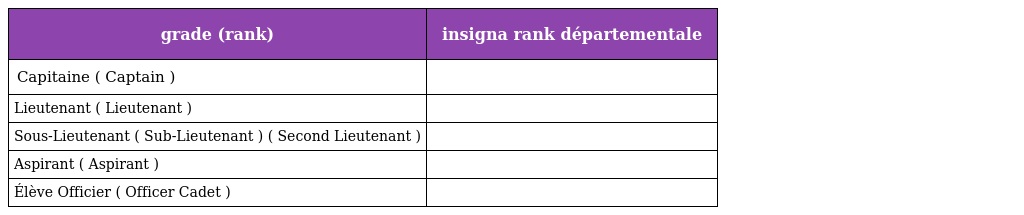
| grade (rank) | insigna rank départementale |
 | --- | --- |
 | Capitaine ( Captain ) |  |
 | Lieutenant ( Lieutenant ) |  |
 | Sous-Lieutenant ( Sub-Lieutenant ) ( Second Lieutenant ) |  |
 | Aspirant ( Aspirant ) |  |
 | Élève Officier ( Officer Cadet ) |  |